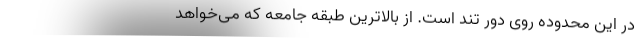
در این محدوده روی دور تند است. از بالاترین طبقه جامعه که می‌خواهد